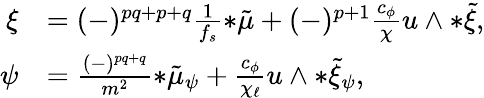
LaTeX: \begin{array}{rl}{\xi}&{=(-)^{pq+p+q}\frac{1}{f_{s}}{*\tilde{\mu}}+(-)^{p+1}\frac{c_{\phi}}{\chi}u\wedge{*\tilde{\xi}},}\\ {\psi}&{=\frac{(-)^{pq+q}}{m^{2}}{*\tilde{\mu}_{\psi}}+\frac{c_{\phi}}{\chi_{\ell}}u\wedge{*\tilde{\xi}_{\psi}},}\end{array}